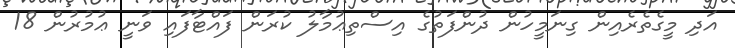
އަދި މީގެތެރެއިން ގިނަމީހުން ދުންފަތުގެ އިސްތިޢުމާލު ކުރަން ފައްޓާފައި ވަނީ ޢުމުރުން 18